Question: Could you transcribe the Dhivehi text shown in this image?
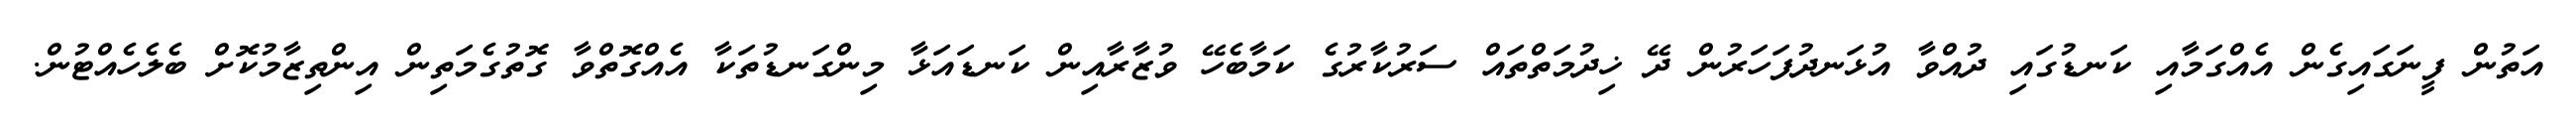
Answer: އަތުން ފީނަގައިގެން އެއްގަމާއި ކަނޑުގައި ދުއްވާ އުޅަނދުފަހަރުން ދޭ ޚިދުމަތްތައް ސަރުކާރުގެ ކަމާބެހޭ ވުޒާރާއިން ކަނޑައަޅާ މިންގަނޑުތަކާ އެއްގޮތްވާ ގޮތުގެމަތިން އިންތިޒާމުކޮށް ބެލެހެއްޓުން.